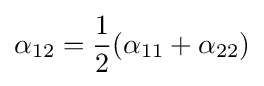
\alpha _{12}={\frac {1}{2}}(\alpha _{11}+\alpha _{22})